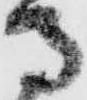
馬